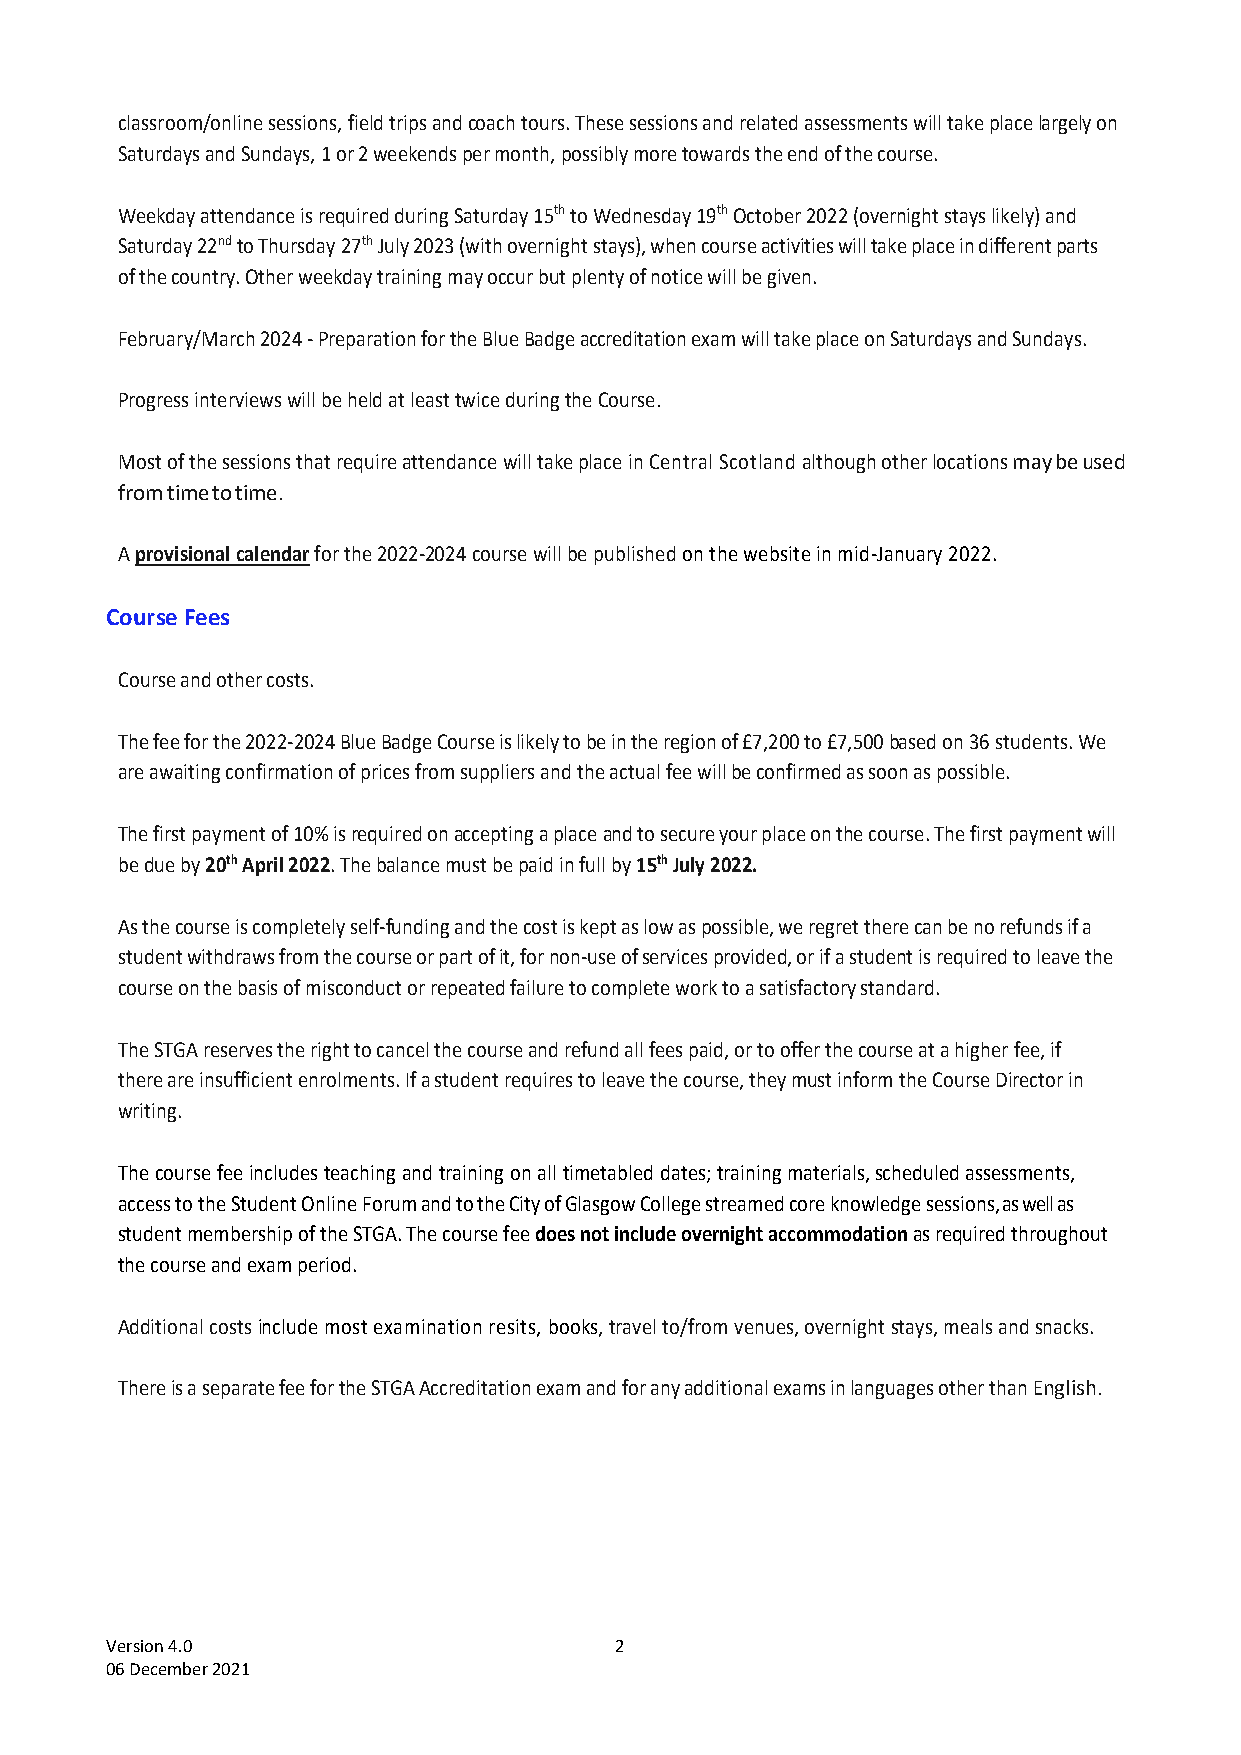
classroom/online sessions, field trips and coach tours. These sessions and related assessments will take place largely on
 Saturdays and Sundays, 1 or 2 weekends per month, possibly more towards the end of the course.
 Weekday attendance is required during Saturday 15th to Wednesday 19th October 2022 (overnight stays likely) and
 Saturday 22nd to Thursday 27th July 2023 (with overnight stays), when course activities will take place in different parts
 of the country. Other weekday training may occur but plenty of notice will be given.
 February/March 2024 - Preparation for the Blue Badge accreditation exam will take place on Saturdays and Sundays.
 Progress interviews will be held at least twice during the Course.
 Most of the sessions that require attendance will take place in Central Scotland although other locations may be used
 from time to time.
 A provisional calendar for the 2022-2024 course will be published on the website in mid-January 2022.
 Course Fees
 Course and other costs.
 The fee for the 2022-2024 Blue Badge Course is likely to be in the region of £7,200 to £7,500 based on 36 students. We
 are awaiting confirmation of prices from suppliers and the actual fee will be confirmed as soon as possible.
 The first payment of 10% is required on accepting a place and to secure your place on the course. The first payment will
 be due by 20th April 2022. The balance must be paid in full by 15th July 2022.
 As the course is completely self-funding and the cost is kept as low as possible, we regret there can be no refunds if a
 student withdraws from the course or part of it, for non-use of services provided, or if a student is required to leave the
 course on the basis of misconduct or repeated failure to complete work to a satisfactory standard.
 The STGA reserves the right to cancel the course and refund all fees paid, or to offer the course at a higher fee, if
 there are insufficient enrolments. If a student requires to leave the course, they must inform the Course Director in
 writing.
 The course fee includes teaching and training on all timetabled dates; training materials, scheduled assessments,
 access to the Student Online Forum and to the City of Glasgow College streamed core knowledge sessions, as well as
 student membership of the STGA. The course fee does not include overnight accommodation as required throughout
 the course and exam period.
 Additional costs include most examination resits, books, travel to/from venues, overnight stays, meals and snacks.
 There is a separate fee for the STGA Accreditation exam and for any additional exams in languages other than English.
 Version 4.0                       2
 06 December 2021